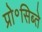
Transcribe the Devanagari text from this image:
प्रो॰सिब्ते